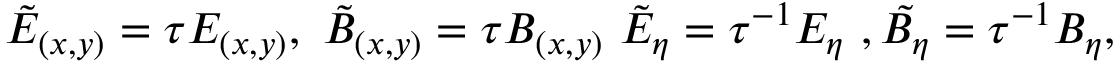
\tilde { E } _ { ( x , y ) } = \tau E _ { ( x , y ) } , ~ \tilde { B } _ { ( x , y ) } = \tau B _ { ( x , y ) } ~ \tilde { E } _ { \eta } = \tau ^ { - 1 } E _ { \eta } ~ , \tilde { B _ { \eta } } = \tau ^ { - 1 } B _ { \eta } ,